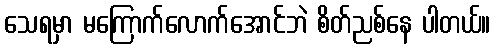
သေရမှာ မကြောက်လောက်အောင်ဘဲ စိတ်ညစ်နေ ပါတယ်။